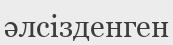
әлсізденген